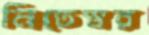
নিতেস্বর